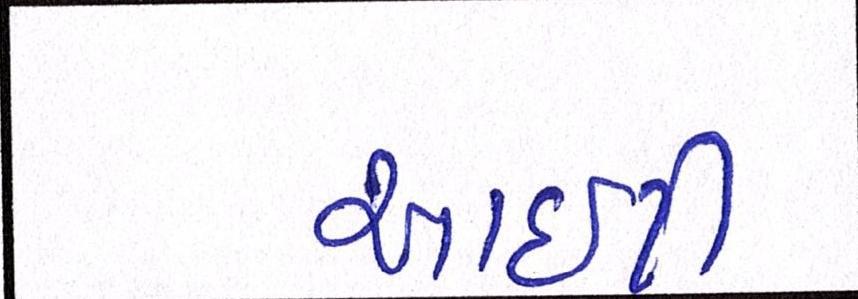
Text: આઇટી